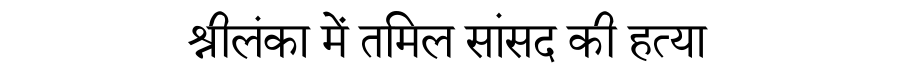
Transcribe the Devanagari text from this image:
श्रीलंका में तमिल सांसद की हत्या